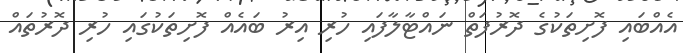
އެއްބައި ފޮށިތަކުގެ ދޮރުފަތް ނައްޓާލާފައި ހުރި އިރު ބައެއް ފޮށިތަކުގައި ހުރި ދޮރުތައް